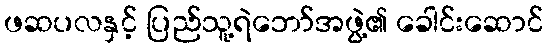
ဖဆပလနှင့် ပြည်သူ့ရဲဘော်အဖွဲ့၏ ခေါင်းဆောင်